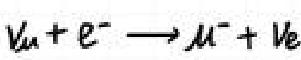
$\nu_{\mu}+e^{-}\longrightarrow\mu^{-}+\nu_{e}$